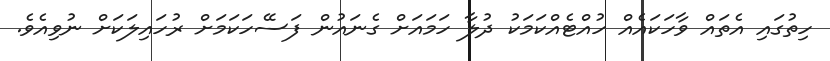
ހިތުގައި އެތައް ވާހަކައެއް ހުއްޓެއްކަމަކު ދުލާ ހަމައަށް ގެނައުން ފަސޭހަކަމަށް ރުހައިލަކަށް ނުވިއެވެ.